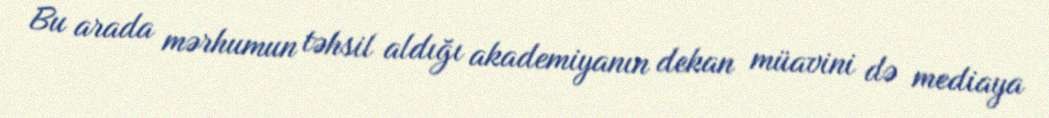
Bu arada mərhumun təhsil aldığı akademiyanın dekan müavini də mediaya